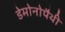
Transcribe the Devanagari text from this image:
डेमोनोपैथी